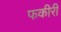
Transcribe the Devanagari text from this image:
फकीरी